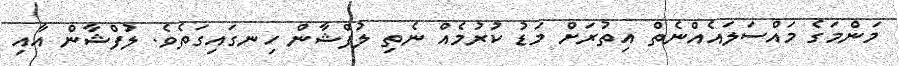
މަންމަގެ މައްސަލައެއްނެތް އިތުރަށް މަޑު ކުރުމެއް ނެތި ލުފްޝާން ހިނގައިގަތެވެ. ލުފްޝާން އާއި